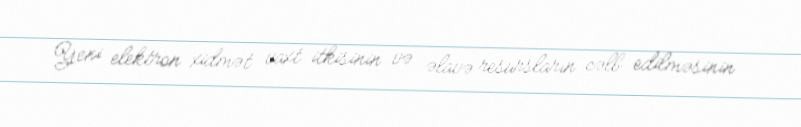
Yeni elektron xidmət vaxt itkisinin və əlavə resursların cəlb edilməsinin